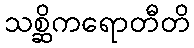
သစ္ဆိကရောတီတိ